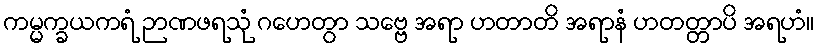
ကမ္မက္ခယကရံ ဉာဏဖရသုံ ဂဟေတွာ သဗ္ဗေ အရာ ဟတာတိ အရာနံ ဟတတ္တာပိ အရဟံ။